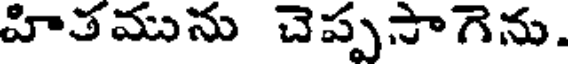
హితమును చెప్పసాగెను.